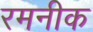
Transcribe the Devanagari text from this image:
रमनीक